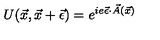
U ( \vec { x } , \vec { x } + \vec { \epsilon } ) = e ^ { i e \vec { \epsilon } \cdot \vec { A } ( \vec { x } ) }